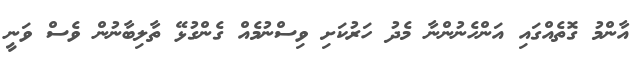
އާންމު ގޮތެއްގައި އަންހެނުންނާ މެދު ހަރުކަށި ވިސްނުމެއް ގެންގުޅޭ ތާލިބާނުން ވެސް ވަނީ